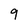
Character: 9